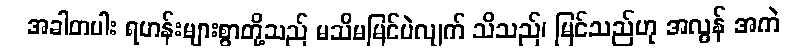
အခါတပါး ရဟန်းများစွာတို့သည် မသိမမြင်ပဲလျက် သိသည်၊ မြင်သည်ဟု အလွန် အကဲ